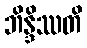
ဘိန္ဒိဿတိ